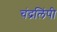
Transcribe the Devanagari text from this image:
चंद्रलिंपी